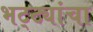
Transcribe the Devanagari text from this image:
भट्ट्यांचा